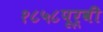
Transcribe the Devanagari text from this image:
१८५८पूर्वी